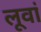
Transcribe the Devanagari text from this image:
लूवां